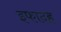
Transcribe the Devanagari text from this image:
इफादह